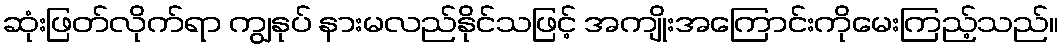
ဆုံးဖြတ်လိုက်ရာ ကျွနုပ် နားမလည်နိုင်သဖြင့် အကျိုးအကြောင်းကိုမေးကြည့်သည်။